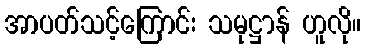
အာပတ်သင့်ကြောင်း သမုဋ္ဌာန် ဟူလို။